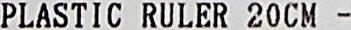
PLASTIC RULER 20CM -